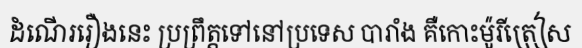
ដំណើររឿងនេះ ប្រព្រឹត្តទៅនៅប្រទេស បារាំង គឺកោះម៉ូរីត្រៀស